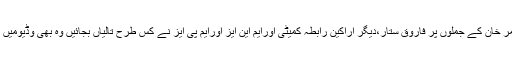
اس وقت عامر خان کے جملوں پر فاروق ستار،دیگر اراکین رابطہ کمیٹی اورایم این ایز اورایم پی ایز نے کس طرح تالیاں بجائیں وہ بھی وڈیومیں موجود ہے ۔